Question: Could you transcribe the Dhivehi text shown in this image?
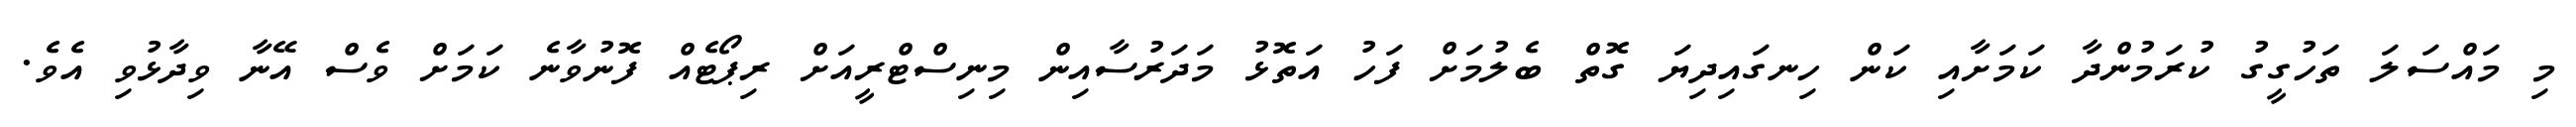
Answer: މި މައްސަލަ ތަހުގީގު ކުރަމުންދާ ކަމަށާއި ކަން ހިނގައިދިޔަ ގޮތް ބެލުމަށް ފަހު އަތޮޅު މަދަރުސާއިން މިނިސްޓްރީއަށް ރިޕޯޓެއް ފޮނުވާނެ ކަމަށް ވެސް އޭނާ ވިދާޅުވި އެވެ.